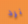
نرد